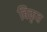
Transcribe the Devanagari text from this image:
बिकृत